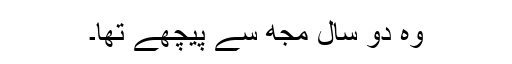
وہ دو سال مجھ سے پیچھے تھا۔